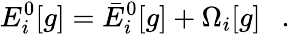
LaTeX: E_{i}^{0}[g]=\bar{E}_{i}^{0}[g]+\Omega_{i}[g]~~~.